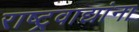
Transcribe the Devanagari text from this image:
राष्ट्रवाद्यांना